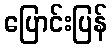
ပြောင်းပြန်